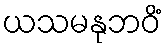
ယသမနုဘဝိံ